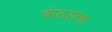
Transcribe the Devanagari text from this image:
कंठ्याचा